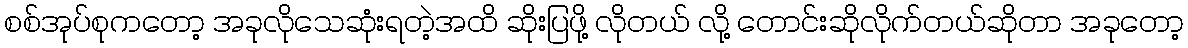
စစ်အုပ်စုကတော့ အခုလိုသေဆုံးရတဲ့အထိ ဆိုးပြဖို့ လိုတယ် လို့ တောင်းဆိုလိုက်တယ်ဆိုတာ အခုတော့